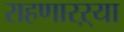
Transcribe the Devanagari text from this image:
राहणारऱ्या